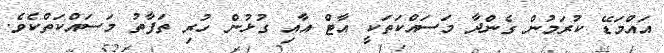
އައްމަޑޭ ކުރަމުން ގެންދާ މަސައްކަތަކީ އާޓް އާއި ގުޅުން ހުރި ތަފާތު މަސައްކަތްކެވެ.